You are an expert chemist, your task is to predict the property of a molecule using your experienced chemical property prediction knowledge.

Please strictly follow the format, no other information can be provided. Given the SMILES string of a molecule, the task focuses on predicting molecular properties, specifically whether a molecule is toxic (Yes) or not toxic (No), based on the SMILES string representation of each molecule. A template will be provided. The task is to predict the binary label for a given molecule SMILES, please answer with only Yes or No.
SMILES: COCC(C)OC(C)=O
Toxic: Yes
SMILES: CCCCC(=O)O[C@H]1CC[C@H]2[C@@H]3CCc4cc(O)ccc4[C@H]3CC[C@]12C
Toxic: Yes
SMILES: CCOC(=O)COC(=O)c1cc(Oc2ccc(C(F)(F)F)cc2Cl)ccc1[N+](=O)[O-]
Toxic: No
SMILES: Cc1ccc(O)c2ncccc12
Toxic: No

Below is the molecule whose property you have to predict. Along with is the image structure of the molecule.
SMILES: CC(C)COC(=O)CC(C(=O)OCC(C)C)S(=O)(=O)[O-]
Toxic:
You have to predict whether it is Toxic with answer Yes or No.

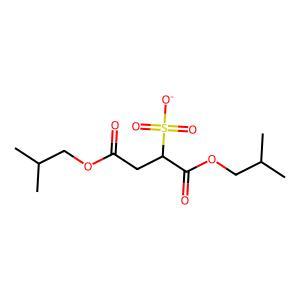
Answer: No